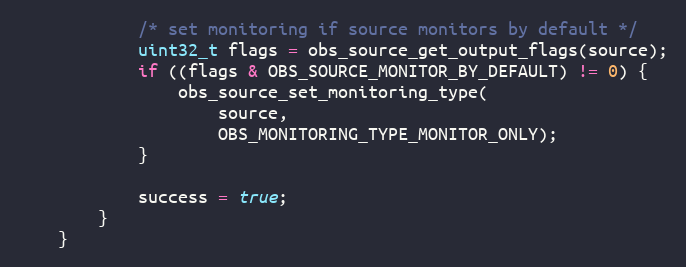
Language: C++
			/* set monitoring if source monitors by default */
			uint32_t flags = obs_source_get_output_flags(source);
			if ((flags & OBS_SOURCE_MONITOR_BY_DEFAULT) != 0) {
				obs_source_set_monitoring_type(
					source,
					OBS_MONITORING_TYPE_MONITOR_ONLY);
			}

			success = true;
		}
	}